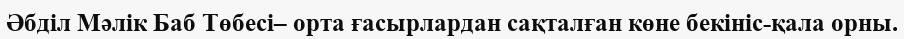
Әбділ Мәлік Баб Төбесі– орта ғасырлардан сақталған көне бекініс-қала орны.